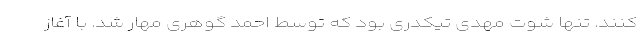
کنند. تنها شوت مهدی تیکدری بود که توسط احمد گوهری مهار شد. با آغاز